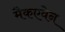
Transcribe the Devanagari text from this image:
मैकएवेन